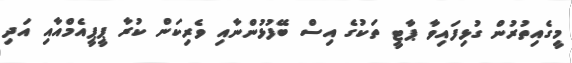
މީގެއިތުރުން ގުޅިފައިވާ ޕާޓީ ތަކުގެ އިސް ބޭފުޅުންނާއި ވެރިކަން ކުރާ ޕީޕީއެމްއާއި އަދި